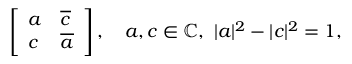
\left[ \begin{array} { l l } { a } & { \overline { { c } } } \\ { c } & { \overline { { a } } } \end{array} \right] , \quad a , c \in \mathbb { C } , ~ \lvert a \rvert ^ { 2 } - \lvert c \rvert ^ { 2 } = 1 ,